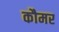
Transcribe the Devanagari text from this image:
कौमर